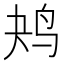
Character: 𱉔